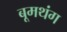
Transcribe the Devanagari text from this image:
बूमथंग